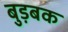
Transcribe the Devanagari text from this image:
बुड़बक